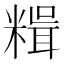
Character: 𥻯